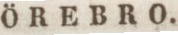
ÖREBRO.